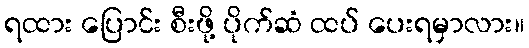
ရထား ပြောင်း စီးဖို့ ပိုက်ဆံ ထပ် ပေးရမှာလား။